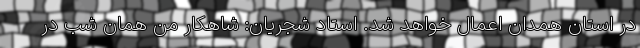
در استان همدان اعمال خواهد شد. استاد شجریان: شاهکار من همان شب در